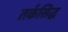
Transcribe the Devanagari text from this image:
तर्कसिद्ध